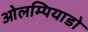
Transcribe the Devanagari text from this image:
ओलम्पियाडो